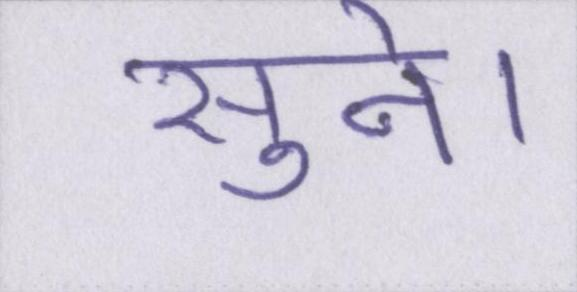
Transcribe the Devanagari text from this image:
सुने।